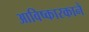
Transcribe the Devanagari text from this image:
आविष्कारकाने